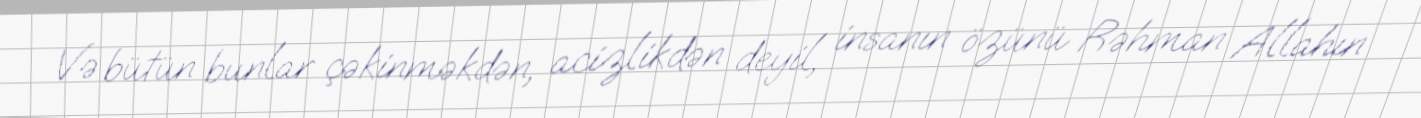
Və bütün bunlar çəkinməkdən, acizlikdən deyil, insanın özünü Rəhman Allahın